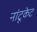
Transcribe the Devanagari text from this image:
नांटूकेट